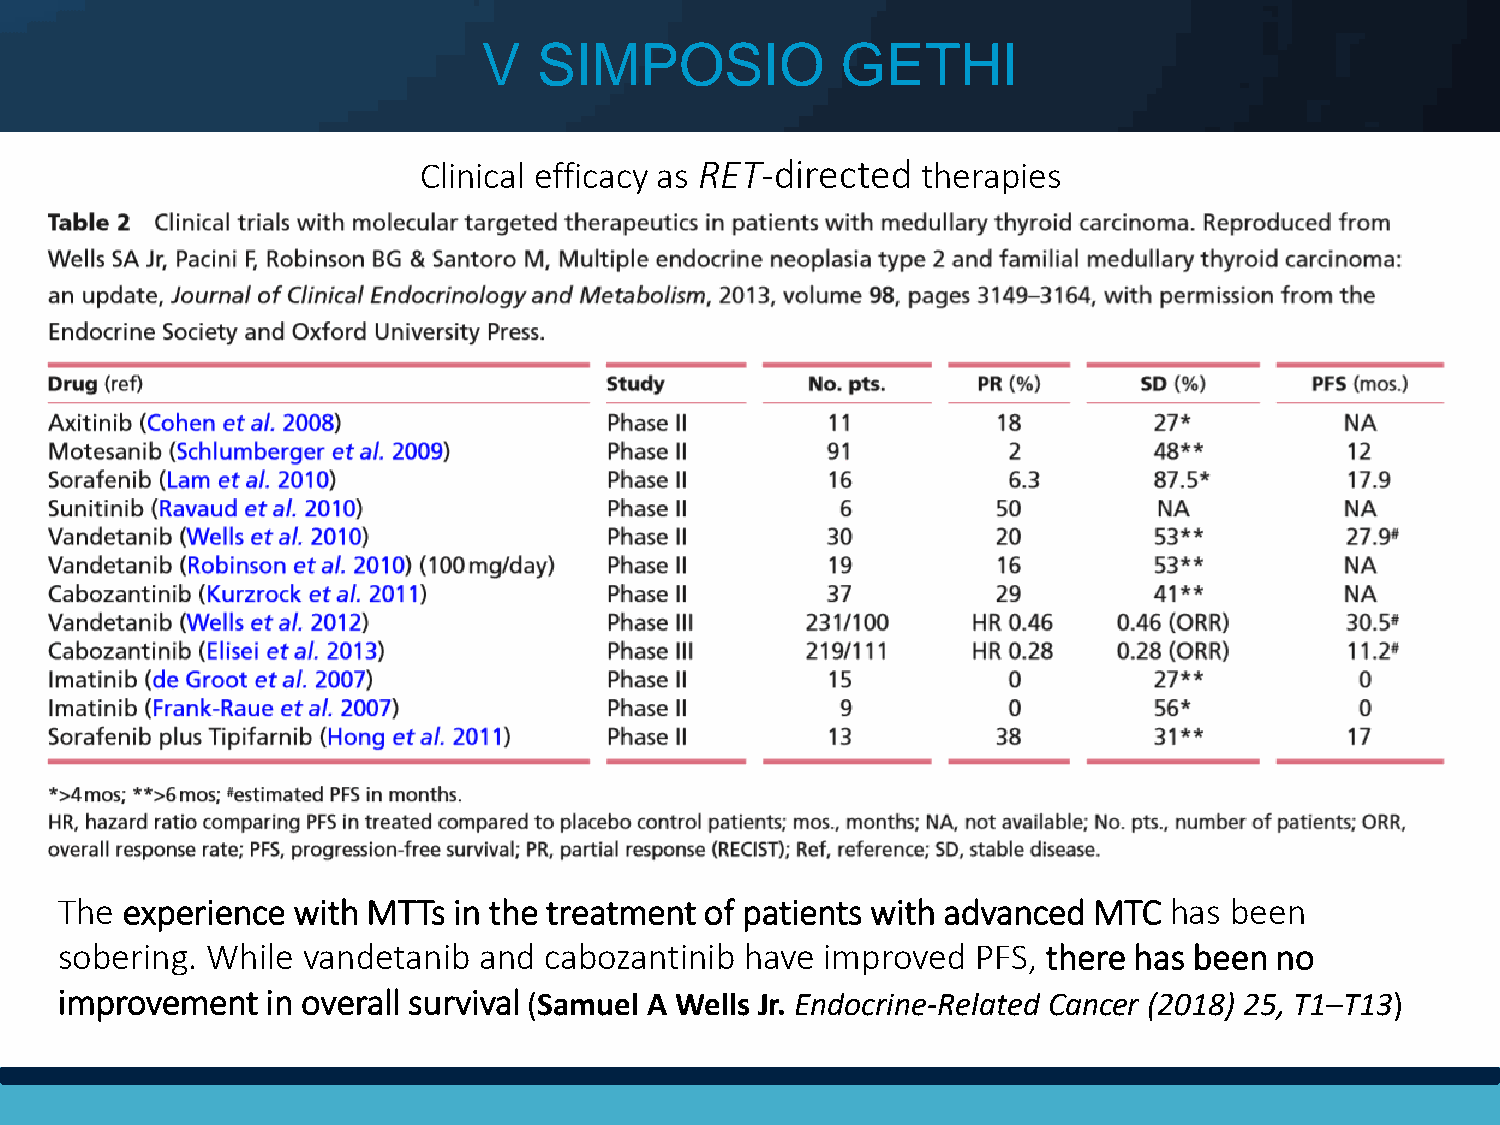
V   SIMPOSIO            GETHI
 Clinical efficacy as RET-directed therapies
 The experience with MTTs  in the treatment of patients with advanced MTC has been
 sobering. While vandetanib  and cabozantinib have  improved  PFS, there has been no
 improvement   in overall survival (Samuel A Wells Jr. Endocrine-Related Cancer (2018) 25, T1–T13)